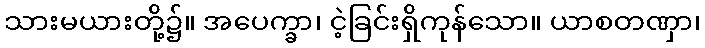
သားမယားတို့၌။ အပေက္ခာ၊ ငဲ့ခြင်းရှိကုန်သော။ ယာစတဏှာ၊